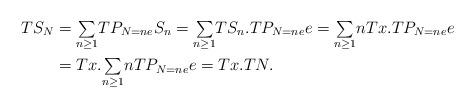
LaTeX: \begin{align*}TS_{N} & ={\textstyle\sum\limits_{n\geq1}}TP_{N=ne}S_{n}={\textstyle\sum\limits_{n\geq1}}TS_{n}.TP_{N=ne}e={\textstyle\sum\limits_{n\geq1}}nTx.TP_{N=ne}e\\& =Tx.{\textstyle\sum\limits_{n\geq1}}nTP_{N=ne}e=Tx.TN.\end{align*}